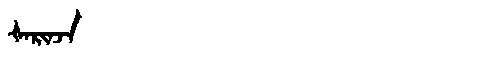
Manchu: ᡧᠠᡵᡳᠨᠵᠠ
Romanization: ŠARINJA